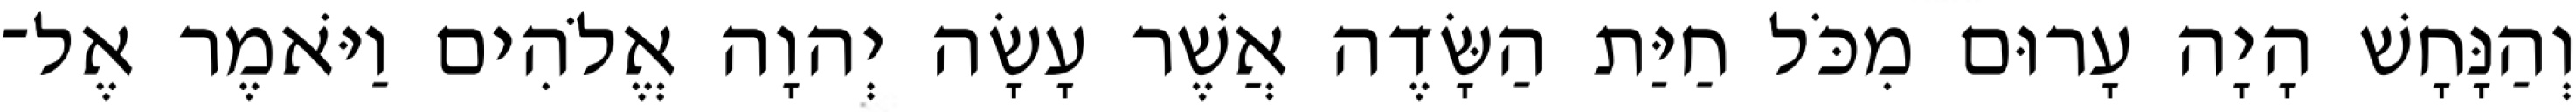
וְהַנָּחָשׁ הָיָה עָרוּם מִכֹּל חַיַּת הַשָּׂדֶה אֲשֶׁר עָשָׂה יְהוָה אֱלֹהִים וַיֹּאמֶר אֶל־